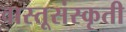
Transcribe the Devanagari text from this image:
वास्तूसंस्कृती